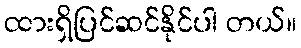
ထားရှိပြင်ဆင်နိုင်ပါ တယ်။